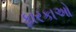
ફારકાઓ